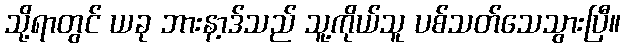
သို့ရာတွင် ယခု ဘားနာ့ဒ်သည် သူ့ကိုယ်သူ ပစ်သတ်သေသွားပြီ။